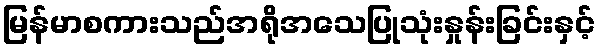
မြန်မာစကားသည်အရိုအသေပြုသုံးနှုန်းခြင်းနှင့်